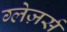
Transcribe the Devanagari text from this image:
ग्लेज़र्स